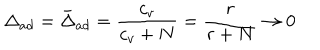
\Delta _ { a d } = \bar { \Delta } _ { a d } = \frac { c _ { v } } { c _ { v } + N } = \frac { r } { r + N } \rightarrow 0